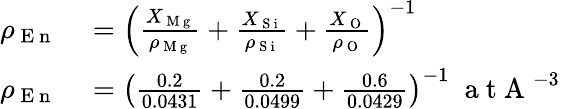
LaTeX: \begin{array}{rl}{\rho_{\mathrm{~E~n~}}}&{{}=\left(\frac{X_{\mathrm{~M~g~}}}{\rho_{\mathrm{~M~g~}}}+\frac{X_{\mathrm{~S~i~}}}{\rho_{\mathrm{~S~i~}}}+\frac{X_{\mathrm{~O~}}}{\rho_{\mathrm{~O~}}}\right)^{-1}}\\ {\rho_{\mathrm{~E~n~}}}&{{}=\left(\frac{0.2}{0.0431}+\frac{0.2}{0.0499}+\frac{0.6}{0.0429}\right)^{-1}\; \mathrm{~a~t~A~}^{-3}}\end{array}